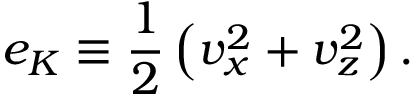
e _ { K } \equiv \frac { 1 } { 2 } \left( v _ { x } ^ { 2 } + v _ { z } ^ { 2 } \right) .